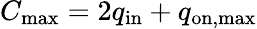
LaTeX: C_{\mathrm{max}}=2q_{\mathrm{in}}+q_{\mathrm{on,max}}